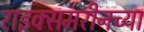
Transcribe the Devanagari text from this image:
राइक्समरीनच्या